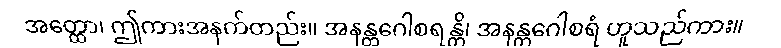
အတ္ထော၊ ဤကားအနက်တည်း။ အနန္တဂေါစရန္တိ၊ အနန္တဂေါစရံ ဟူသည်ကား။